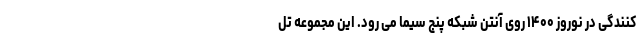
کنندگی در نوروز ۱۴۰۰ روی آنتن شبکه پنج سیما می رود. این مجموعه تل